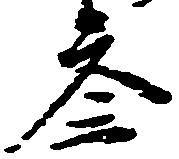
参